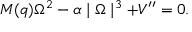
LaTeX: M ( q ) \Omega ^ { 2 } - \alpha \mid \Omega \mid ^ { 3 } + V ^ { \prime \prime } = 0 .